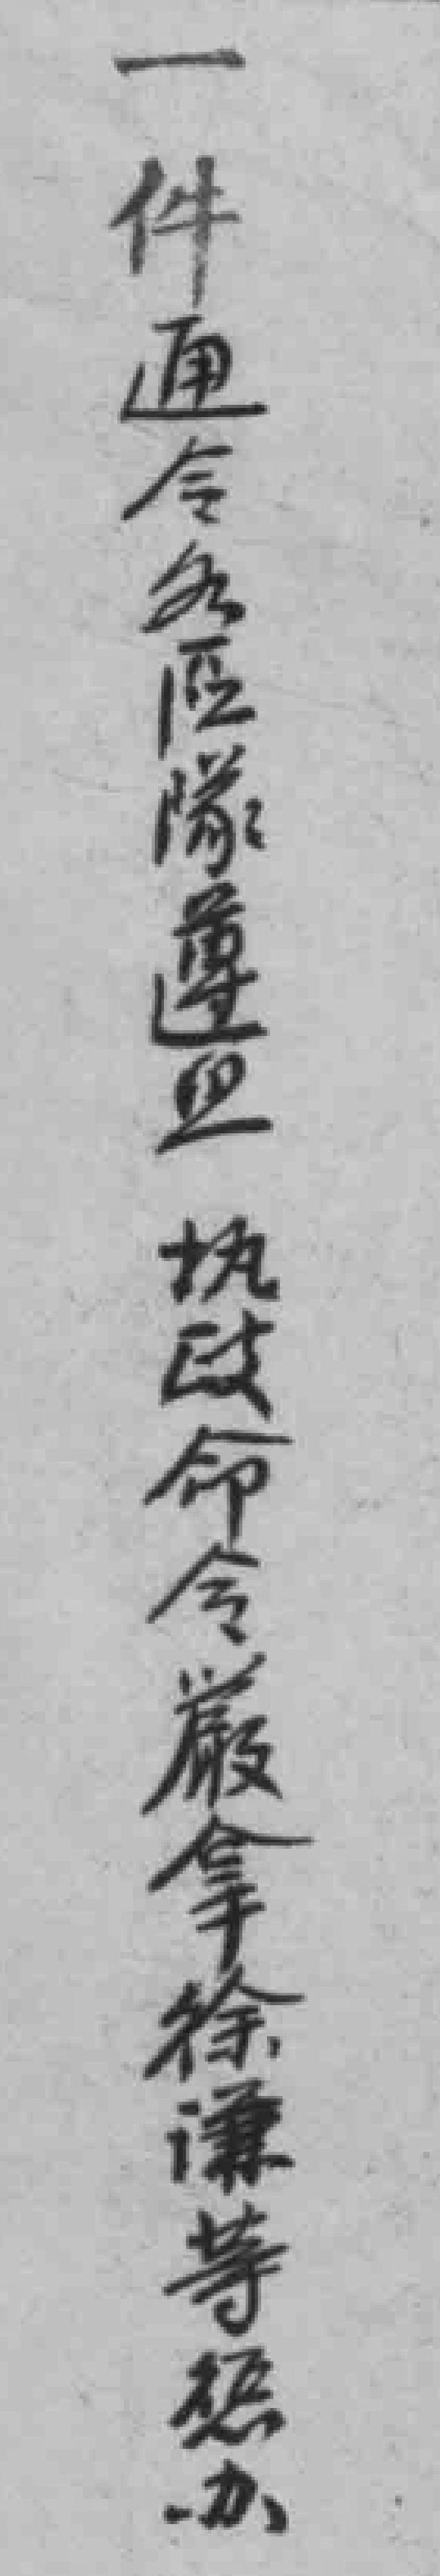
一件通令各區隊遵照執政命令嚴拿徐謙等惩办